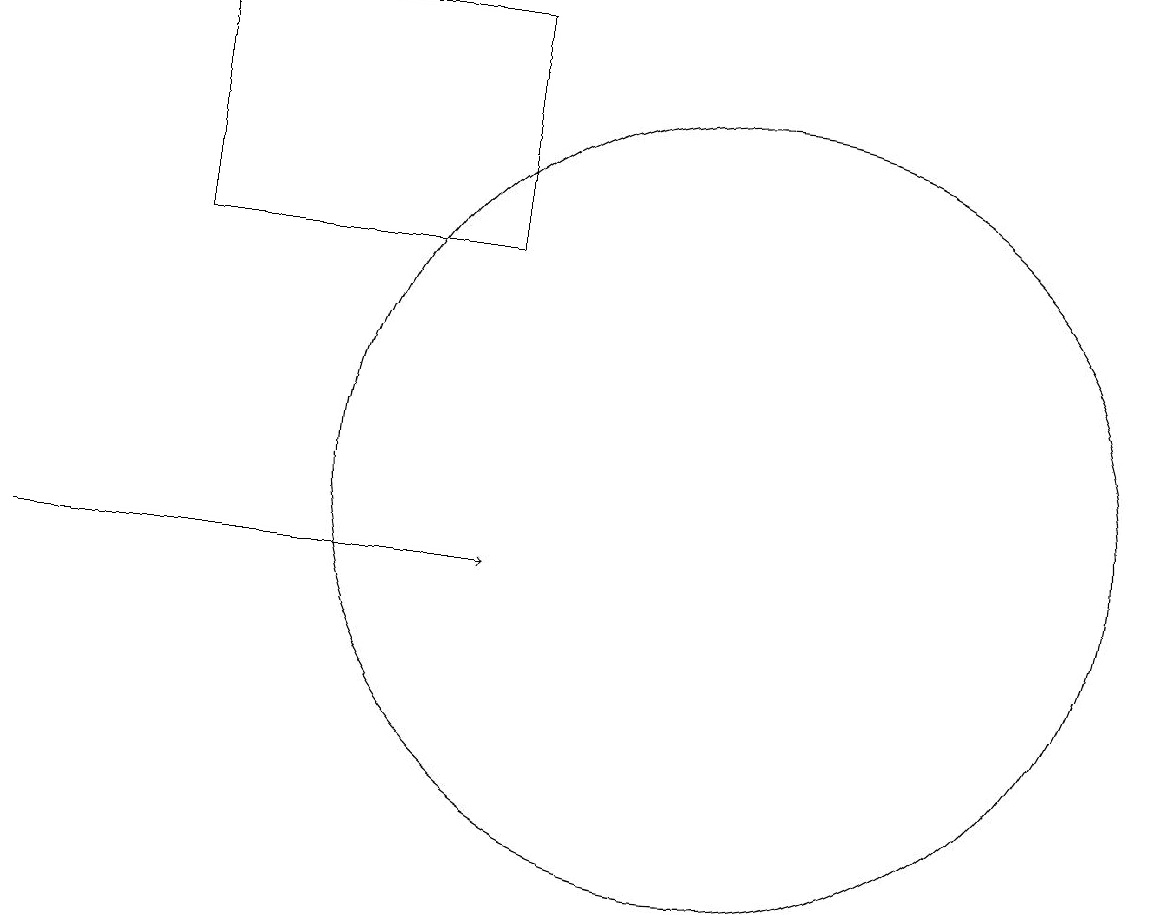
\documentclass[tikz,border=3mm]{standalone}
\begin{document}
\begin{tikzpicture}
\draw[->] (1,10) -- (7,10);
\draw (10,11) circle (5);
\draw (3,17) rectangle (7,14);
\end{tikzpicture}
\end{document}